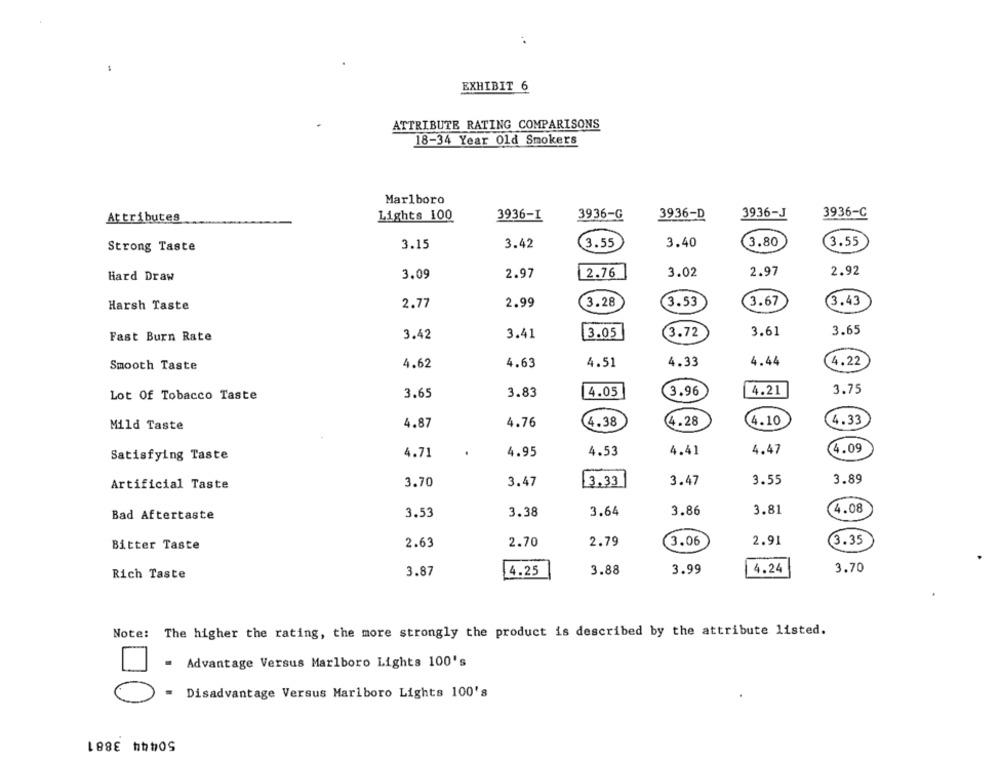
EXHIBIT 6
ATTRIBUTE RATING COMPARISONS
18-34 Year Old Smokers
Marlboro
Attributes
Lights 100
3936-I
3936-G
3936-D
3936-J
3936-C
3.42
(3.55
3.40
3.80
3.55
Strong Taste
3.15
3.09
2.97
2.76
3.02
2.97
2.92
Hard Draw
2.77
2.99
3.28
3.53
3.67
3.43
Harsh Taste
3.42
3.41
3.05
3.72
3.61
3.65
Fast Burn Rate
Smooth Taste
4.62
4.63
4.51
4.33
4.44
4.22
3.65
3.83
4.05
3.96
4.21
3.75
Lot Of Tobacco Taste
Mild Taste
4.87
4.76
(4.38
4.28
4.10
4.33
4.09
Satisfying Taste
4.71
4.95
4.53
4.41
4.47
Artificial Taste
3.70
3.47
3.33
3.47
3.55
3.89
3.86
3.81
4.08
Bad Aftertaste
3.53
3.38
3.64
2.91
3.35
Bitter Taste
2.63
2.70
2.79
3.06
3.87
3.99
4.24
3.70
Rich Taste
4.25
3.88
Note: The higher the rating, the more strongly the product is described by the attribute listed.
= Advantage Versus Marlboro Lights 100's
= Disadvantage Versus Marlboro Lights 100's
50444 3881